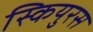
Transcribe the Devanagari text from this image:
स्कियुरस